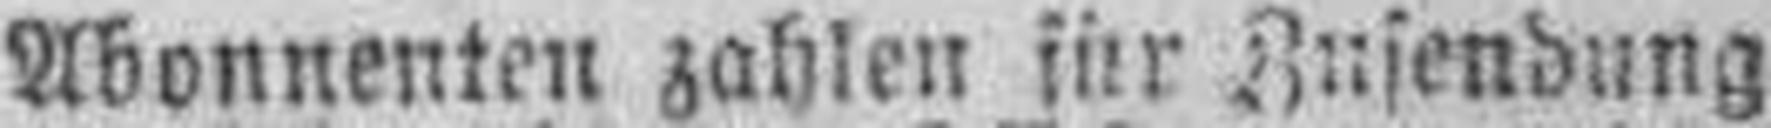
Abonnenten zahlen jür Zusendung